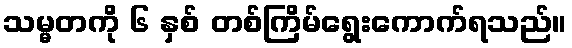
သမ္မတကို ၆ နှစ် တစ်ကြိမ်ရွေးကောက်ရသည်။